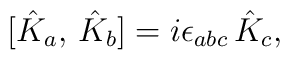
[ \hat K_a, \, \hat K_b ] = i \epsilon_{abc}\, \hat K_c,